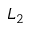
L _ { 2 }